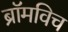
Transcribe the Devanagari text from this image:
ब्रॉमविच